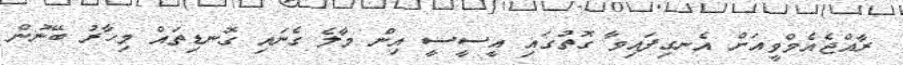
ރާއްޖެއެމްވީއަށް އެނގިފައިވާ ގޮތުގައި އީސީސީ އިން މާލެ ގެނައި ގޮނޑިތައް މިހާރު ބޭނުން